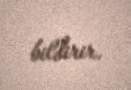
bildirir.